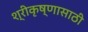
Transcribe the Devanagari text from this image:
श्रीकृष्णासाठी